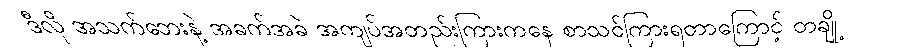
ဒီလို အသက်ဘေးနဲ့ အခက်အခဲ အကျပ်အတည်းကြားကနေ စာသင်ကြားရတာကြောင့် တချို့